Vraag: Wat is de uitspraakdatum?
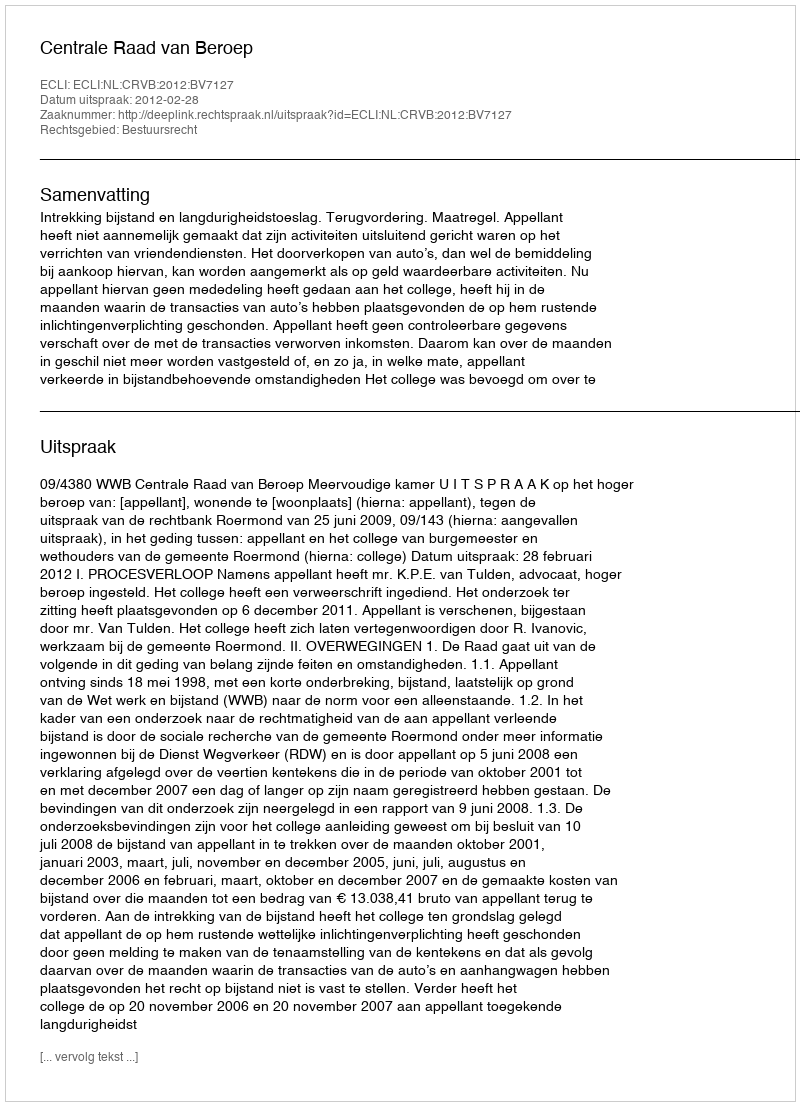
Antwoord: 2012-02-28